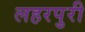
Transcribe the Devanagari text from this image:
लहरपुरी